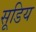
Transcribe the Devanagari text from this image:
सूडिय